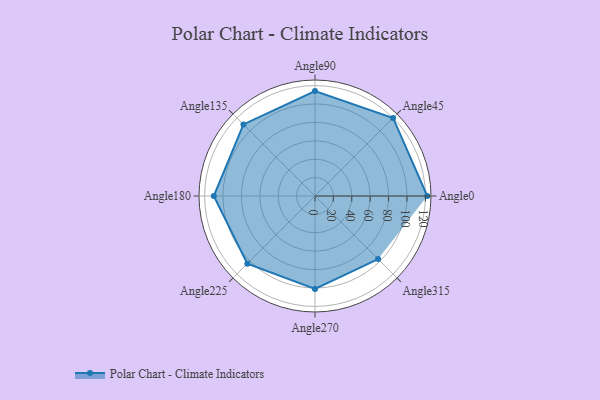
{"axis": {"x": "Angle", "y": "Radius"}, "legend": [""], "data": [{"x": "Angle0", "y": 122.0, "type": ""}, {"x": "Angle45", "y": 120.0, "type": ""}, {"x": "Angle90", "y": 114.0, "type": ""}, {"x": "Angle135", "y": 110.0, "type": ""}, {"x": "Angle180", "y": 110.0, "type": ""}, {"x": "Angle225", "y": 104.0, "type": ""}, {"x": "Angle270", "y": 101.0, "type": ""}, {"x": "Angle315", "y": 97.0, "type": ""}]}